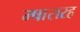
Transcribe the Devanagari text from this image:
म्षासरह